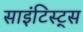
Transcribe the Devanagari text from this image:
साइंटिस्ट्स